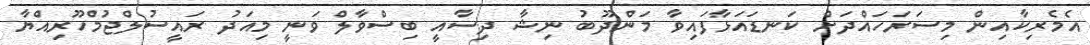
އެމެރިކާއިން މިސަރަހައްދަށް ކަނޑައަޅާފައިވާ މަންދޫބު ނިޝާ ދިސާއީ ބިސްވާލް ވަނީ މިއަދު ރައީސުލްޖުމްހޫރިއްޔާ